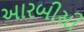
આરબીસી